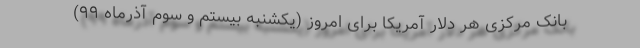
بانک مرکزی هر دلار آمریکا برای امروز (یکشنبه بیستم و سوم آذرماه ۹۹)